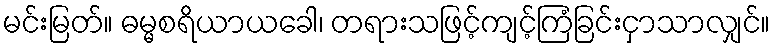
မင်းမြတ်။ ဓမ္မစရိယာယခေါ၊ တရားသဖြင့်ကျင့်ကြံခြင်းငှာသာလျှင်။